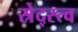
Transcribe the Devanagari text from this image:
स्रेद्स्त्व